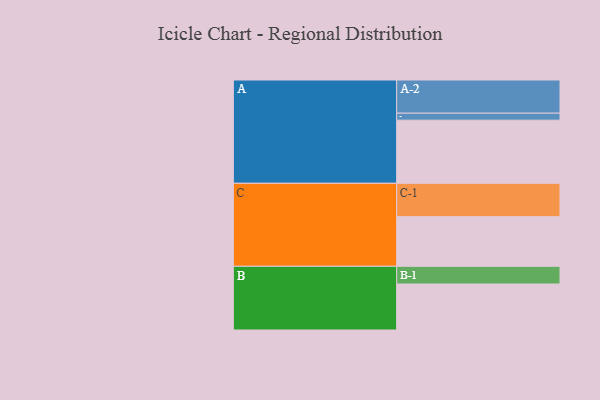
{"axis": {"x": "Segment", "y": "Value"}, "legend": ["", "A", "B", "C"], "data": [{"x": "A", "y": 542, "type": ""}, {"x": "B", "y": 395, "type": ""}, {"x": "C", "y": 426, "type": ""}, {"x": "A-1", "y": 60, "type": "A"}, {"x": "A-2", "y": 285, "type": "A"}, {"x": "B-1", "y": 152, "type": "B"}, {"x": "C-1", "y": 287, "type": "C"}]}